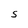
Character: S